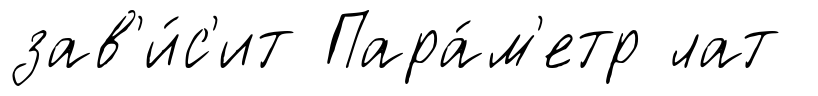
зав'и́с'ит Пара́м'етр лат